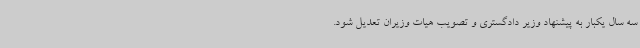
سه سال یکبار به پیشنهاد وزیر دادگستری و تصویب هیات وزیران تعدیل شود.